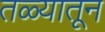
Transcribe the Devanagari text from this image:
तळ्यातून